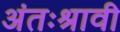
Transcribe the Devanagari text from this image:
अंतःश्रावी